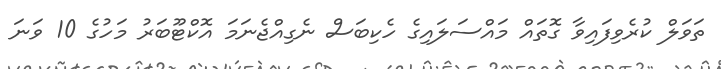
ތަވަލް ކުރެވިފައިވާ ގޮތައް މައްސަލައިގެ ހެކިބަސް ނެގިއްޖެނަމަ އޮކްޓޫބަރު މަހުގެ 10 ވަނަ